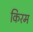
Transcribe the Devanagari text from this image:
किरम